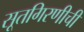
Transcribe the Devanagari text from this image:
सूतगिरणीची